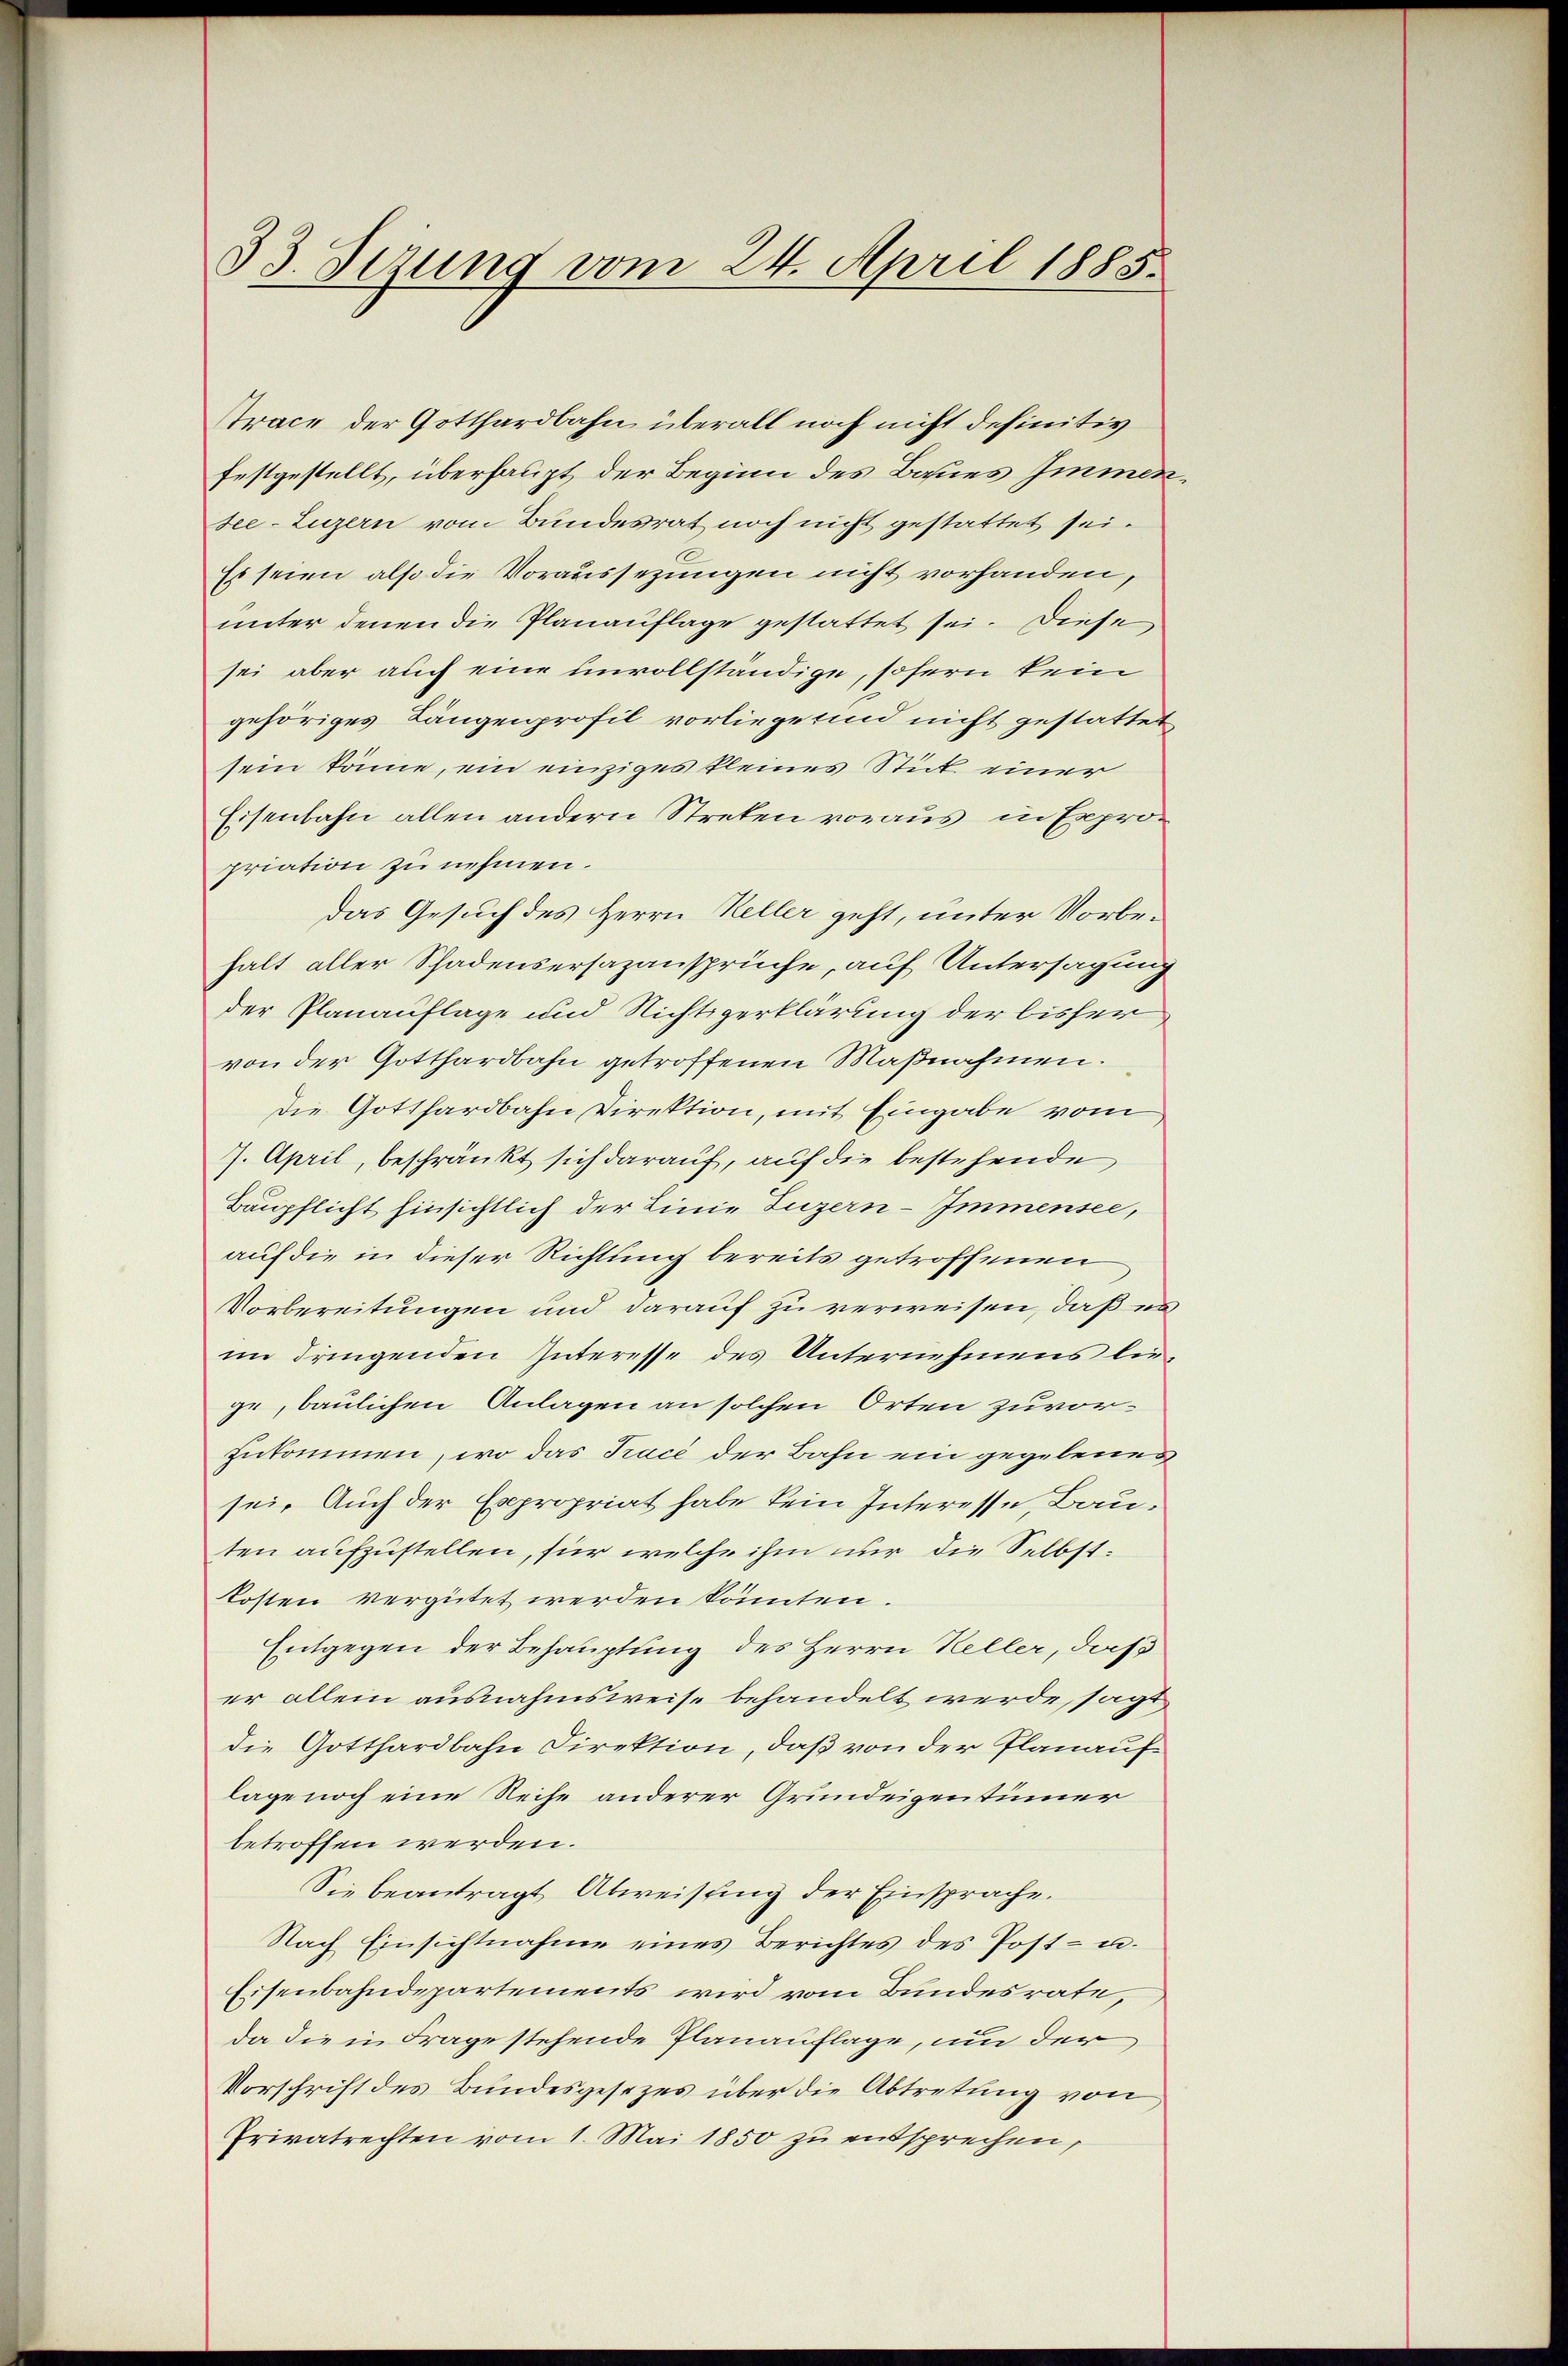
Strace der Gotthardbahn überall noch nicht definitiv
festgestellt, überhaupt der Beginn des Baues Immen
see-Luzern vom Bundesrat noch nicht gestattet sei.
Es seien also die Voraussezungen nicht vorhanden,
unter denen die Planauflage gestattet sei. Diese
sei aber auch eine unvollständige, sofern kein
gehöriges Längenprofil vorliege sind nicht gestattet
sein könne, ein einziges kleines Stick einer
Eisenbahn allen andern Streken voraus in Expropriation zu nehmen.
das Gesuch des Herrn Keller geht, unter Vorbehalt aller Schadensersazansprüche, auf Untersagung
der Planauflage und Nichtsgerklärung der bisher
von der Gotthardbahn getroffenen Maßnahmen.
Die Gotthardbahn Direktion, mit Eingabe vom
7. April, beschränkt sich darauf, auf die bestehende
Baupflicht hinsichtlich der Linie Luzern-Immensee,
auf die in dieser Richtung bereits getroffenen
Vorbereitungen und darauf zu verweisen, daß es
im dringenden Interesse des Unternehmens liege, baulichen Anlagen an solchen Orten zuvorzukommen, wo das Tracé der Bahn ein gegebenes
sei. Auch der Expropriat habe kein Interesse, Bauten aufzustellen, für welche ihm nur die Selbstkosten vergütet werden könnten.
Entgegen der Behauptung des Herrn Keller, daß
er allein ausnahmsweise behandelt werde, sagt
die Gotthardbahn Direktion, daß von der Planauflage noch eine Reihe anderer Grundeigentümer
betroffen werden.
Sie beantragt Abweisung der Einsprache.
Nach Einsichtnahme eines Berichtes des Post- u.
Eisenbahndepartements wird vom Bundesrate,
da die in Frage stehende Planauflage, um der
Vorschrift des Bundesgesezes über die Abtretung von
Privatrechten vom 1. Mai 1850 zu entsprechen,

33. Sizung vom 24. April 1885.